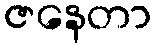
ဇနေတာ